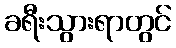
ခရီးသွားရာတွင်